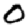
Digit: 0